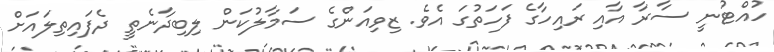
ހުއްޓުނީ ސާރާ އާއި ރައިހާގެ ފަހަތުގަ އެވެ. ޒިވިއަންގެ ސަމާލުކަން ލިބިދާނެތީ ދެފައިތިލައަށް